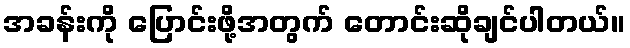
အခန်းကို ပြောင်းဖို့အတွက် တောင်းဆိုချင်ပါတယ်။